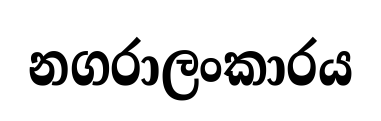
නගරාලංකාරය